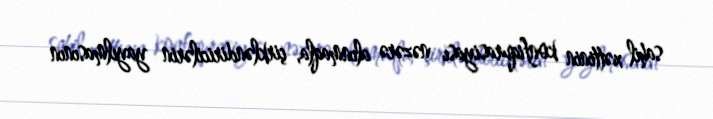
sahil xəttinin konfiqurasiyası nəzərə alınmaqla, çirkləndiricilərin yayılmasının